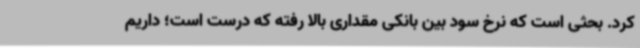
کرد. بحثی است که نرخ سود بین بانکی مقداری بالا رفته که درست است؛ داریم